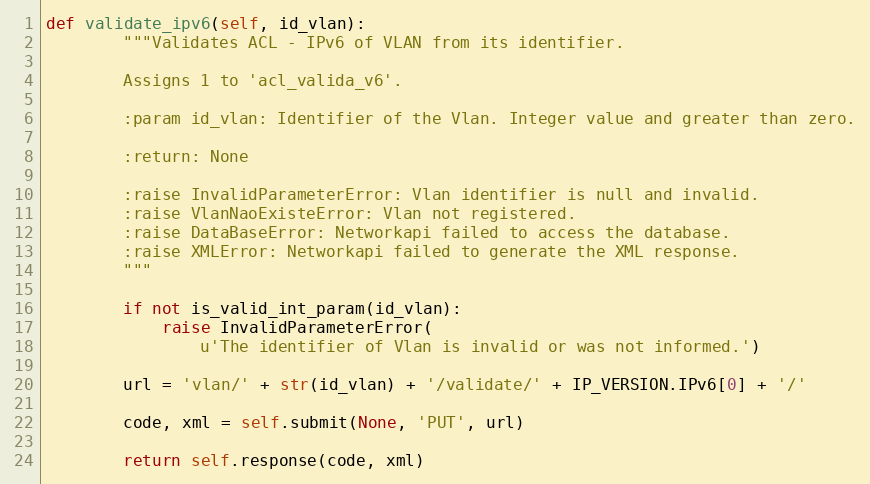
Language: Python
def validate_ipv6(self, id_vlan):
        """Validates ACL - IPv6 of VLAN from its identifier.

        Assigns 1 to 'acl_valida_v6'.

        :param id_vlan: Identifier of the Vlan. Integer value and greater than zero.

        :return: None

        :raise InvalidParameterError: Vlan identifier is null and invalid.
        :raise VlanNaoExisteError: Vlan not registered.
        :raise DataBaseError: Networkapi failed to access the database.
        :raise XMLError: Networkapi failed to generate the XML response.
        """

        if not is_valid_int_param(id_vlan):
            raise InvalidParameterError(
                u'The identifier of Vlan is invalid or was not informed.')

        url = 'vlan/' + str(id_vlan) + '/validate/' + IP_VERSION.IPv6[0] + '/'

        code, xml = self.submit(None, 'PUT', url)

        return self.response(code, xml)